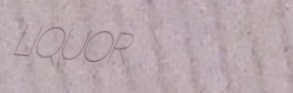
LIQUOR